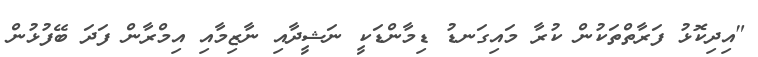
"އިދިކޮޅު ފަރާތްތަކުން ކުރާ މައިގަނޑު ޑިމާންޑަކީ ނަޝީދާއި ނާޒިމާއި އިމްރާން ފަދަ ބޭފުޅުން